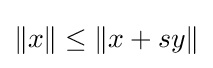
\|x\|\leq \|x+sy\|